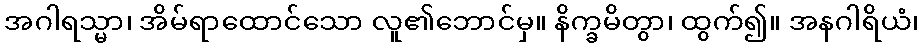
အဂါရသ္မာ၊ အိမ်ရာထောင်သော လူ၏ဘောင်မှ။ နိက္ခမိတွာ၊ ထွက်၍။ အနဂါရိယံ၊